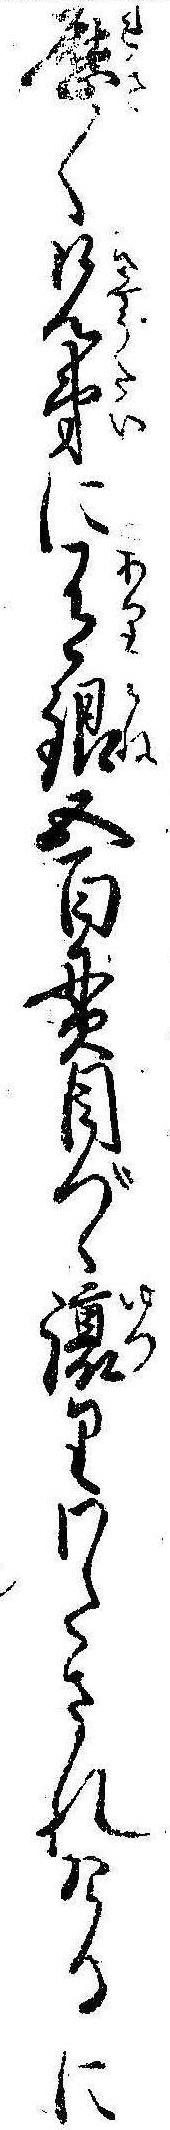
歴〱兄弟に有銀五百貫目づゝ譲りわたされけるに